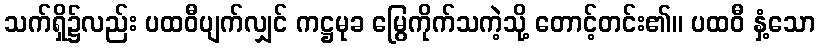
သက်ရှိ၌လည်း ပထဝီပျက်လျှင် ကဋ္ဌမုခ မြွေကိုက်သကဲ့သို့ တောင့်တင်း၏။ ပထဝီ နှံ့သော